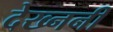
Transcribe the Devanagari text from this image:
देख्ननी